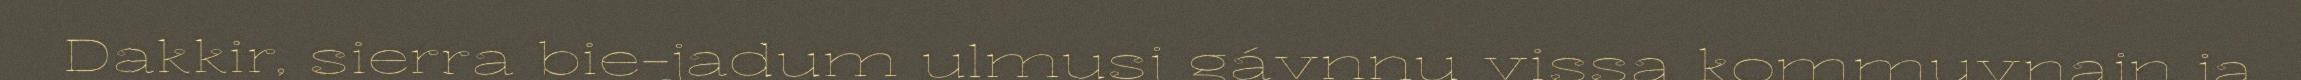
Dakkir, sierra bie-jadum ulmusj gávnnu vissa kommuvnajn ja